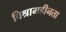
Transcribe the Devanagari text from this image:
विश्रामहीनता